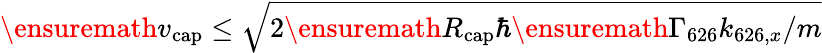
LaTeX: \ensuremath{v_{\mathrm{cap}}}\leq\sqrt{2\ensuremath{R_{\mathrm{cap}}}\hbar\ensuremath{\Gamma_{626}}k_{626,x}/{m}}